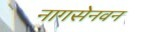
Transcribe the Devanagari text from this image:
नागसेनवन